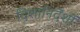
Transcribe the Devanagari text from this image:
दिशानिर्देंशों